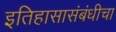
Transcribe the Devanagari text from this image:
इतिहासासंबंधीचा